Indian journal of veterinary science and animal husbandry - Volumes 24-25, 1954-1955
Year: 1954
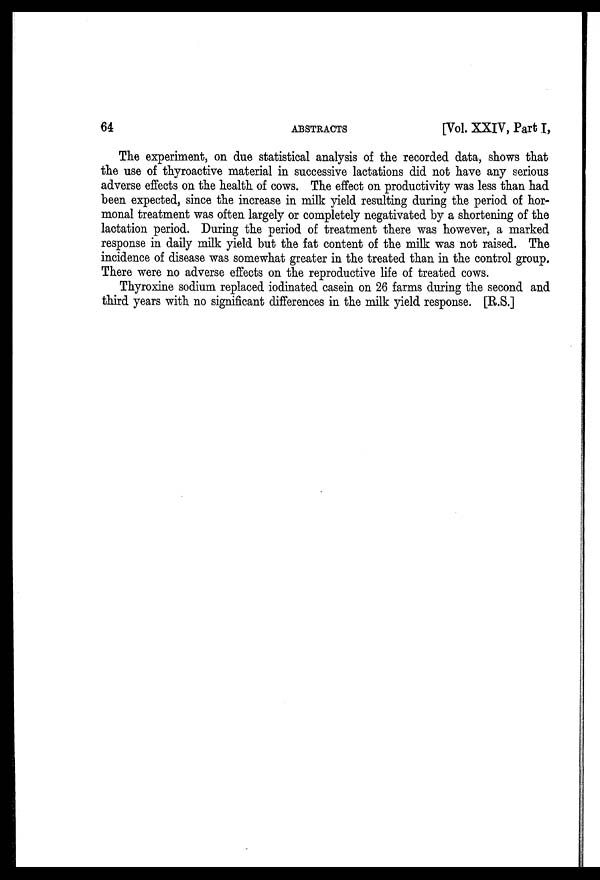
64
ABSTRACTS
[Vol. XXIV, Part I,
The experiment, on due statistical analysis of the recorded data, shows that
the use of thyroactive material in successive lactations did not have any serious
adverse effects on the health of cows. The effect on productivity was less than had
been expected, since the increase in milk yield resulting during the period of hor-
monal treatment was often largely or completely negativated by a shortening of the
lactation period. During the period of treatment there was however, a marked
response in daily milk yield but the fat content of the milk was not raised. The
incidence of disease was somewhat greater in the treated than in the control group.
There were no adverse effects on the reproductive life of treated cows.
Thyroxine sodium replaced iodinated casein on 26 farms during the second and
third years with no significant differences in the milk yield response. [R.S.]